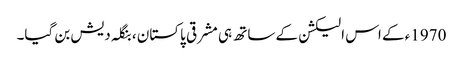
1970ء کے اس الیکشن کے ساتھ ہی مشرقی پاکستان ، بنگلہ دیش بن گیا۔